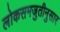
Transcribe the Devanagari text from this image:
लोकसमजुतीनुसार